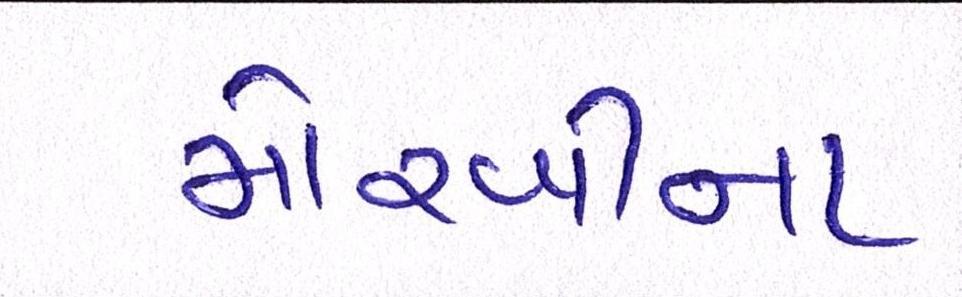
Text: મોરબીના